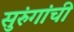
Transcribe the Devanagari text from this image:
सुरुंगांची